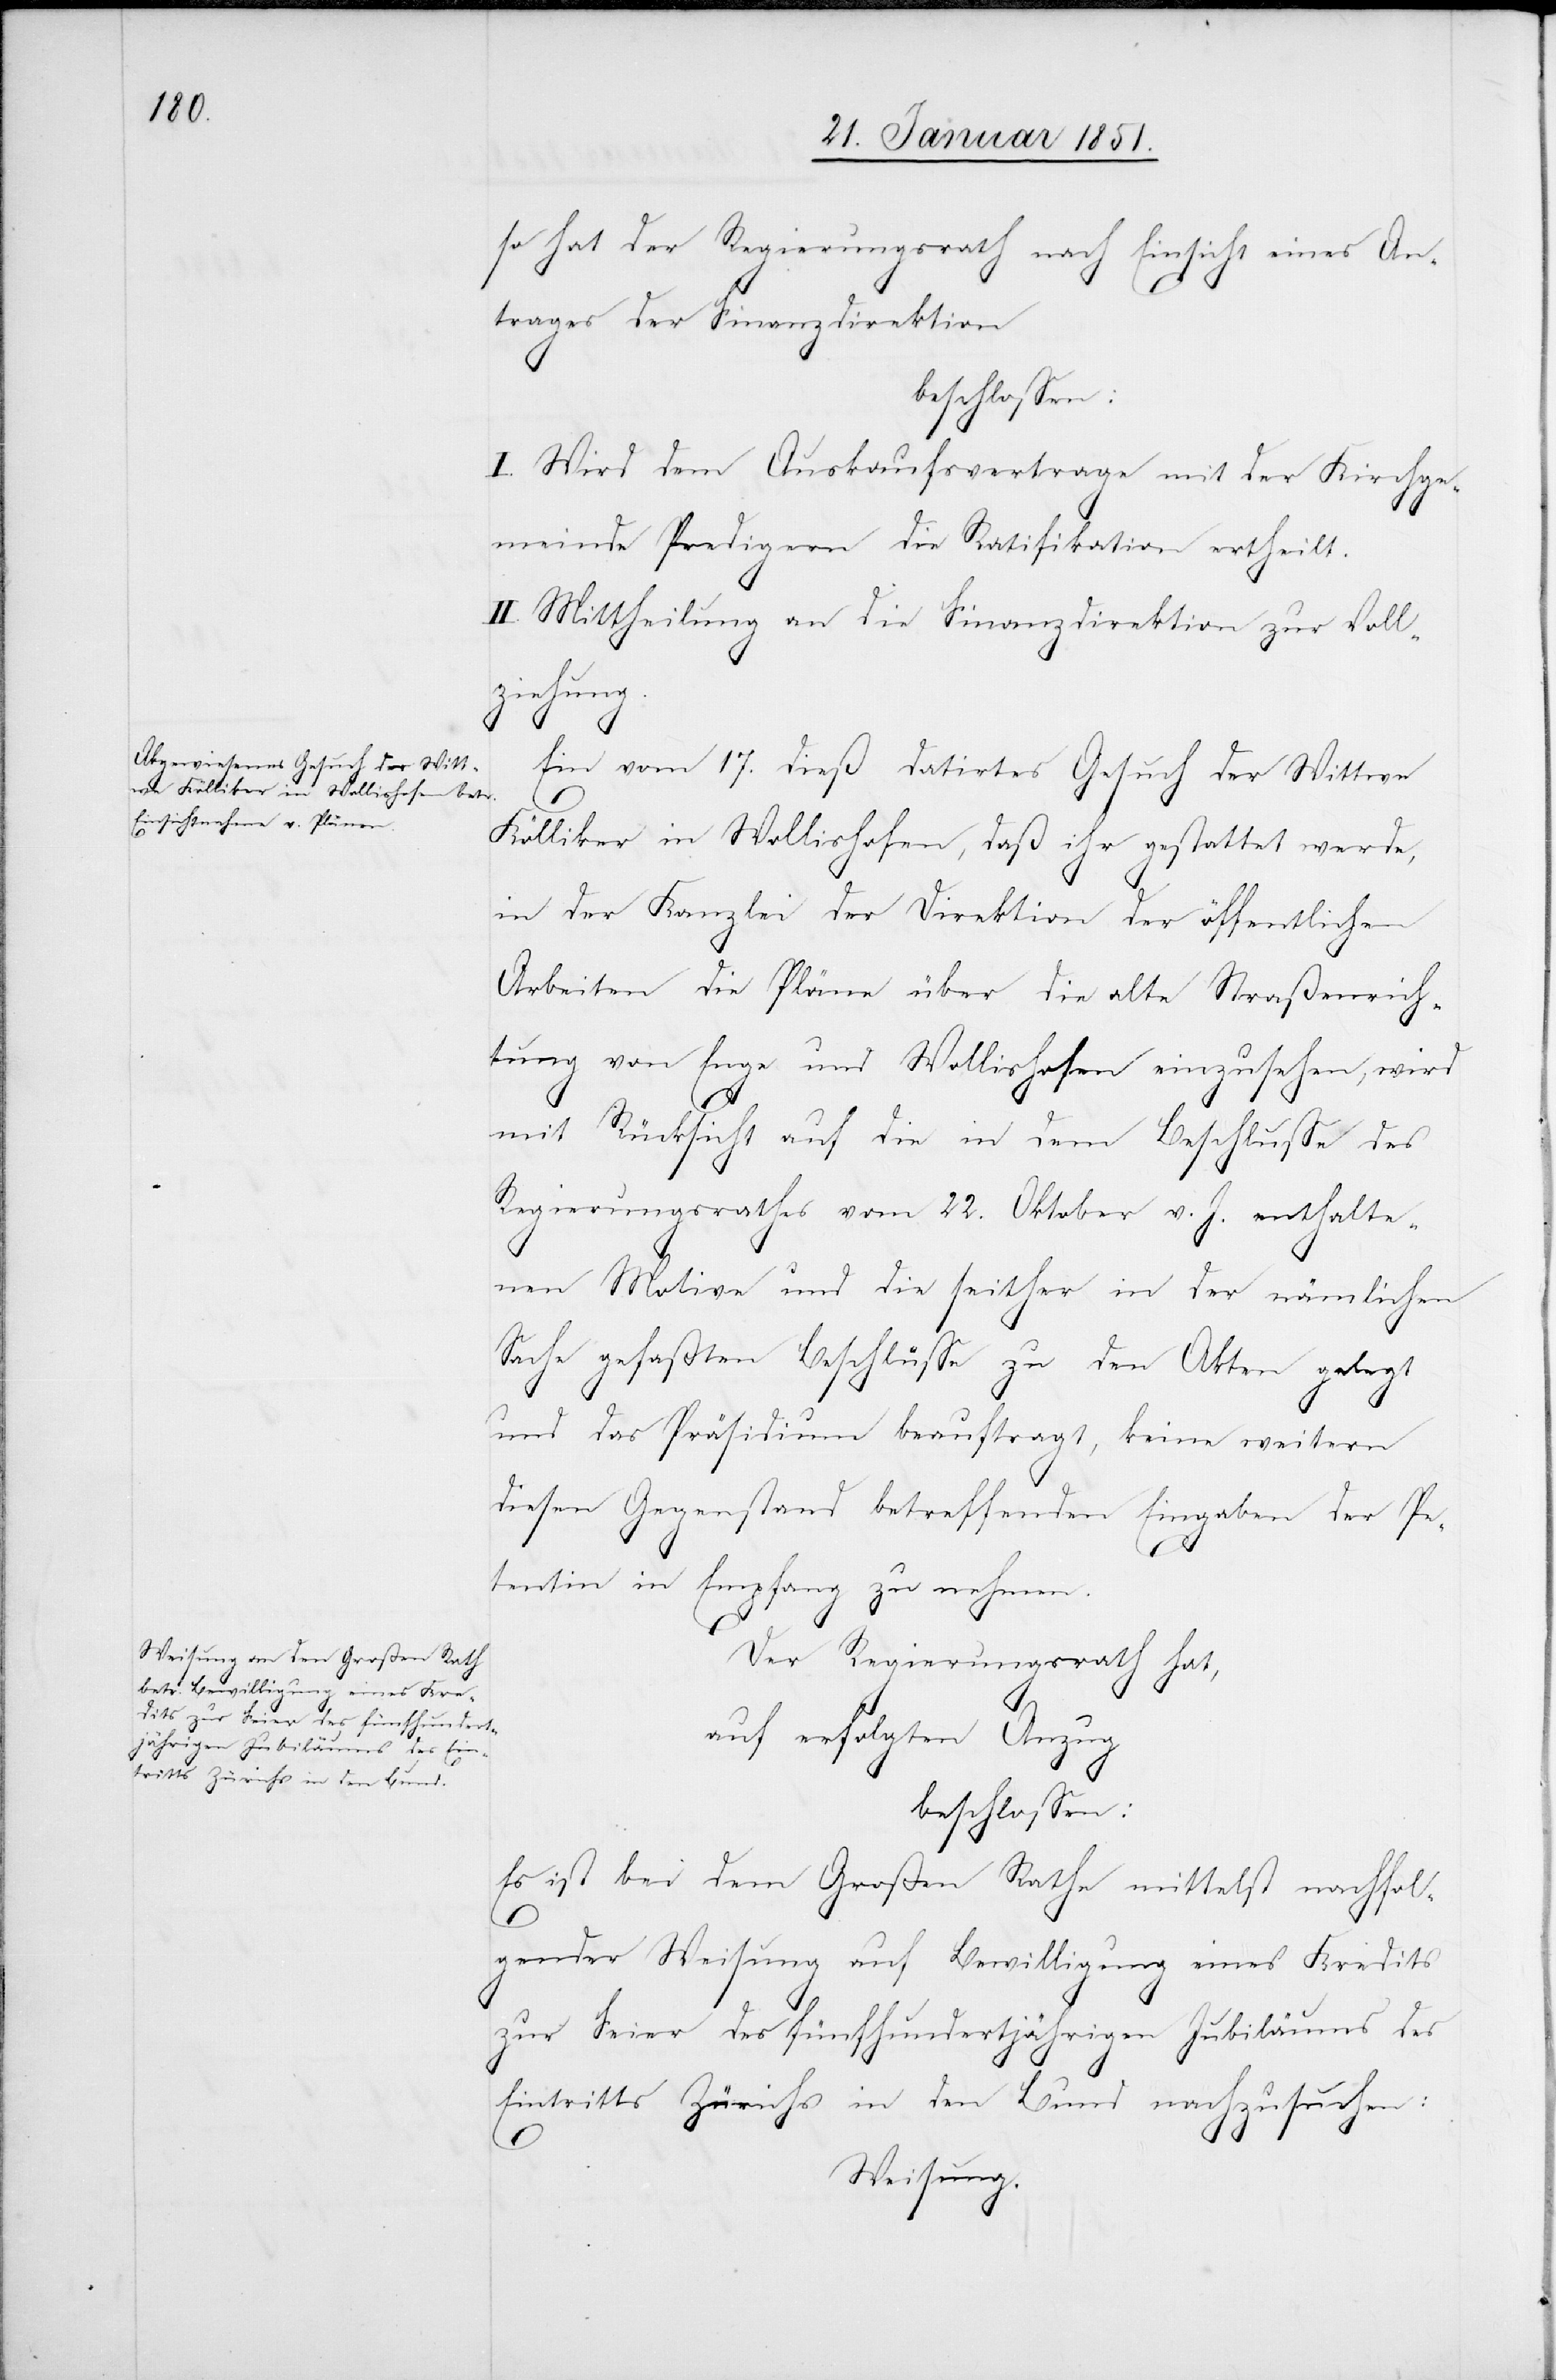
so hat der Regierungsrath nach Einsicht eines An¬
trages der Finanzdirektion
beschlossen:
I. Wird dem Auskaufsvertrage mit der Kirchge¬
meinde Predigern die Ratifikation ertheilt.
II. Mittheilung an die Finanzdirektion zur Voll¬
ziehung.
Ein vom 17. dieß datirtes Gesuch der Wittwe
Kölliker in Wollishofen, daß ihr gestattet werde,
in der Kanzlei der Direktion der öffentlichen
Arbeiten die Pläne über die alte Straßenrich¬
tung von Enge und Wollishofen einzusehen, wird
mit Rücksicht auf die in dem Beschlusse des
Regierungsrathes vom 22. Oktober v. J. enthalte¬
nen Motive und die seither in der nämlichen
Sache gefaßten Beschlüsse zu den Akten gelegt
und das Präsidium beauftragt, keine weitern
diesen Gegenstand betreffenden Eingaben der Pe¬
tentin in Empfang zu nehmen.
Der Regierungsrath hat,
auf erfolgten Anzug
beschlossen:
Es ist bei dem Großen Rathe mittelst nachfol¬
gender Weisung auf Bewilligung eines Kredits
zur Feier des fünfhundertjährigen Jubiläums des
Eintritts Zürichs in den Bund nachzusuchen:
Weisung.